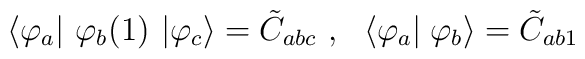
\left\langle \varphi_a \right|\,  \varphi_b(1)\,  \left| \varphi_c \right\rangle= \tilde C_{abc}\ ,\ \   \left\langle \varphi_a \right|\left.               \varphi_b \right\rangle= \tilde C_{ab1}